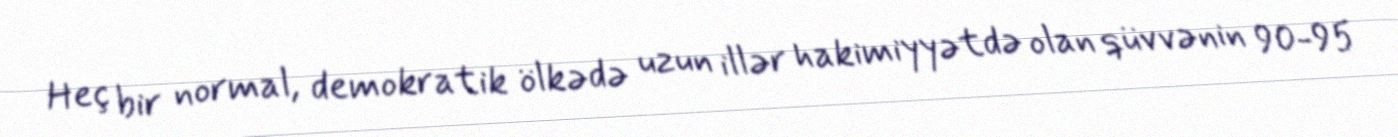
Heç bir normal, demokratik ölkədə uzun illər hakimiyyətdə olan qüvvənin 90-95